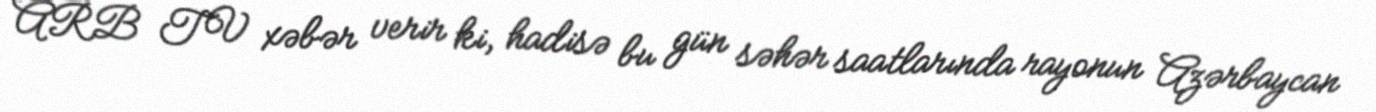
ARB TV xəbər verir ki, hadisə bu gün səhər saatlarında rayonun Azərbaycan